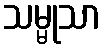
သမ္မုသာ